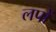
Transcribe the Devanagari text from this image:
लपों